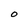
Character: O